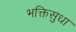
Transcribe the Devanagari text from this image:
भक्तिसुधा